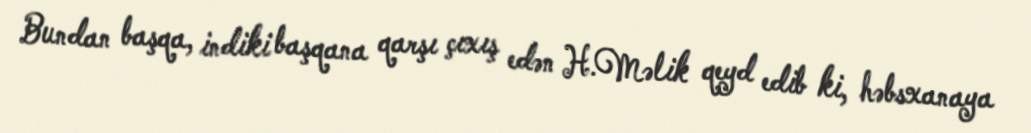
Bundan başqa, indiki başqana qarşı çıxış edən H.Məlik qeyd edib ki, həbsxanaya